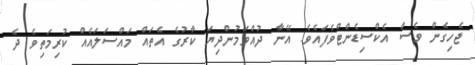
ޖެހިގެން ވެސް އެކްސިޑެންޓްވެފައެވެ. އޭނާ ދުއްވަމުންދިޔަ ކާރުގެ އެތައް މައްސަލައެއް ކުރިމަތިވެ ދެ